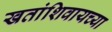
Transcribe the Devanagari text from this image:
खतांशिवायच्या